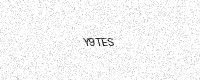
Text: Y9TES